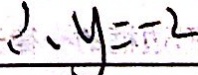
\therefore y = - 2